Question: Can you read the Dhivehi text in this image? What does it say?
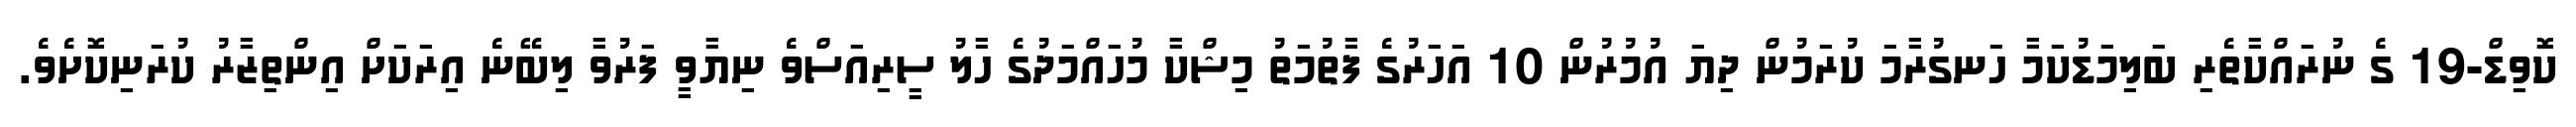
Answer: ކޮވިޑް-19 ގެ ނުރައްކާތެރި ބަލިމަޑުކަމާ ހަނގުރާމަ ކުރަމުން ދިޔަ އުމުރުން 10 އަހަރުގެ ފާތުމަތު މިޝްކާ މުހައްމަދުގެ ހާލު ސީރިއަސްވެ ނިޔާވީ ފަރުވާ ލިބޭނެ އިރަކަށް އިންތިޒާރު ކުރަނިކޮށެވެ.